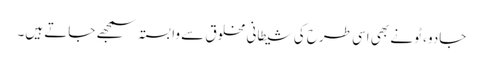
جادو ، ٹونے بھی اسی طرح کی شیطانی مخلوق سے وابستہ سمجھے جاتے ہیں۔